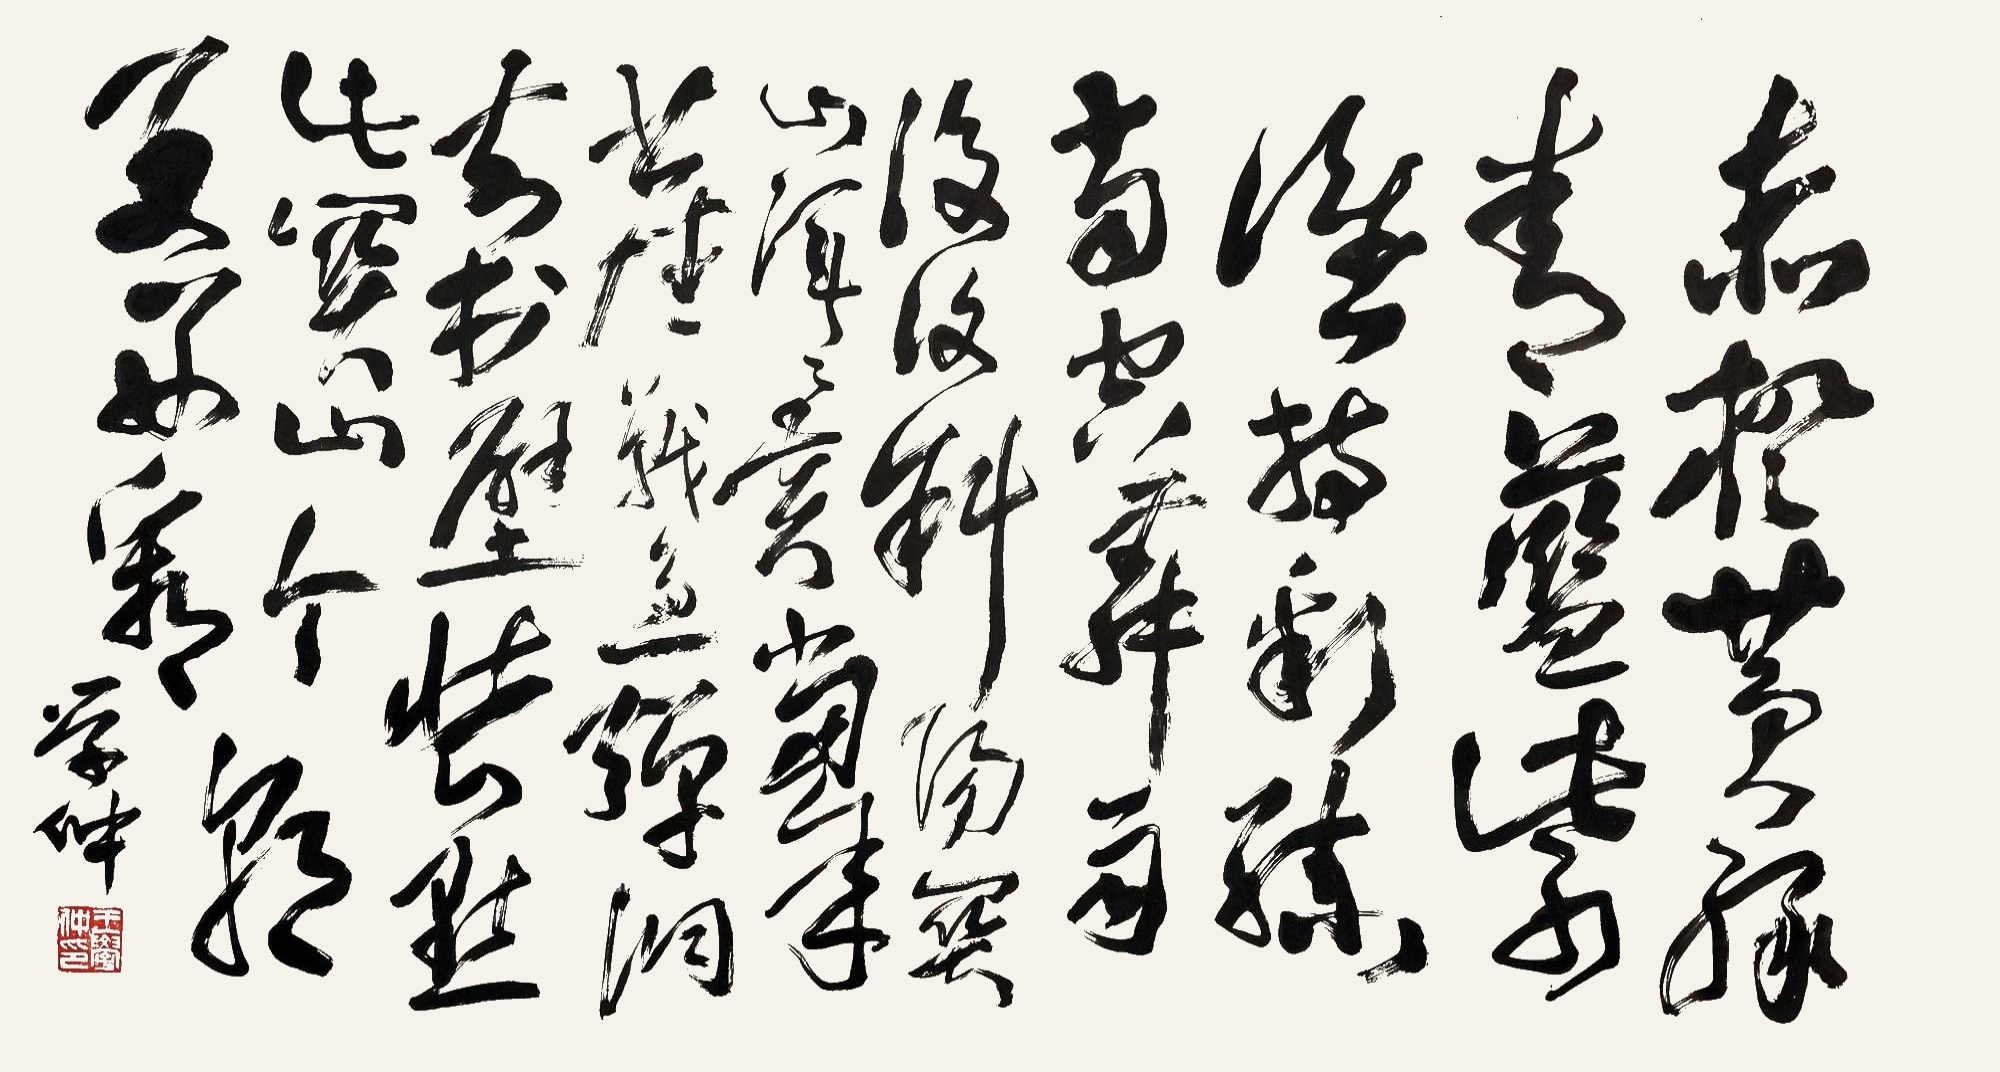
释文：赤橙黄绿青蓝紫，谁持彩练当空舞。雨后复斜阳，关山阵阵苍。当年鏖战急，弹洞前村壁。装点此关山，今朝更好看。